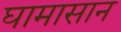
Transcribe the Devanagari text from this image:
घामासान